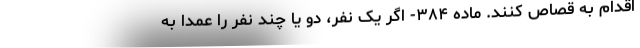
اقدام به قصاص کنند. ماده ۳۸۴- اگر یک نفر، دو یا چند نفر را عمداً به